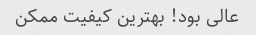
عالی بود! بهترین کیفیت ممکن